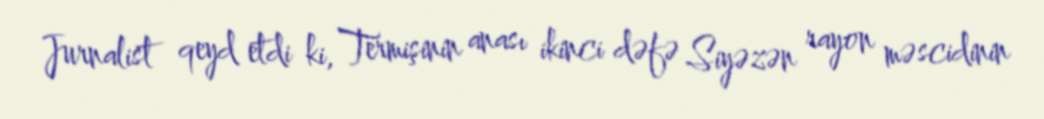
Jurnalist qeyd etdi ki, Termişinin anası ikinci dəfə Siyəzən rayon məscidinin